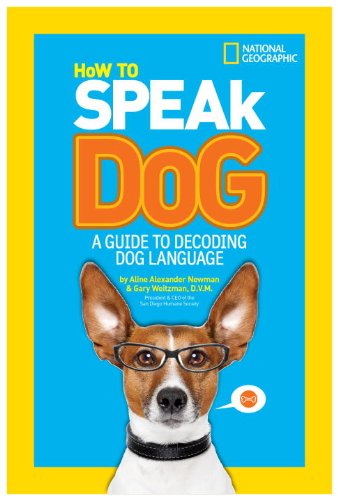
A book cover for How to Speak Dog: A Guide to Decoding Dog Language; Aline Alexander Newman; Children's Books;